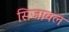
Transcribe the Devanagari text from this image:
सिजावल